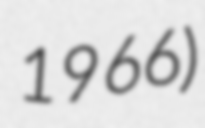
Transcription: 1966)